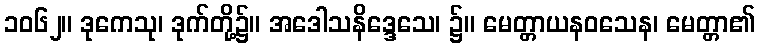
၁၀၆၂။ ဒုကေသု၊ ဒုက်တို့၌။ အဒေါသနိဒ္ဒေသေ၊ ၌။ မေတ္တာယနဝသေန၊ မေတ္တာ၏